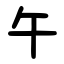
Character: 午